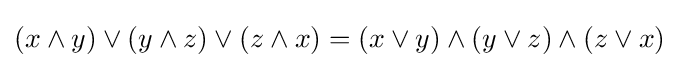
(x\land y)\lor (y\land z)\lor (z\land x)=(x\lor y)\land (y\lor z)\land (z\lor x)